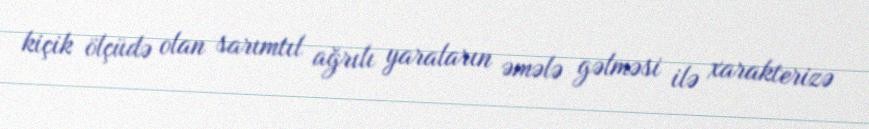
kiçik ölçüdə olan sarımtıl ağrılı yaraların əmələ gəlməsi ilə xarakterizə